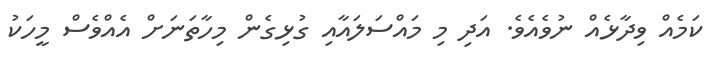
ކަމެއް ވިދާޅެއް ނުވެއެވެ. އަދި މި މައްސަލައާއި ގުޅިގެން މިހާތަނަށް އެއްވެސް މީހަކު